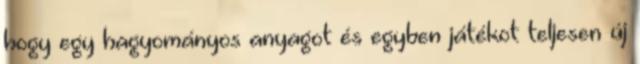
hogy egy hagyományos anyagot és egyben játékot teljesen új